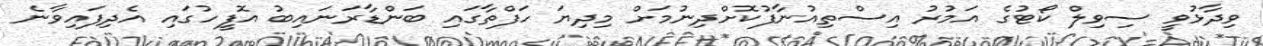
ވިދާޅުވީ ސިވިލް ކޯޓުގެ އަމުރު އިސްތިއުނާފުކޮށްދިނުމަށް މިދިޔަ ހަފްތާގައި ބަންޑާރަނައިބު އޮފީހުގައި އެދިފައިވާނެ